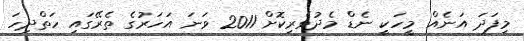
މިފަދަ އަނެއް މީހަކީ ނެޑް މެދުވެރިކޮށް 2011 ވަނަ އަހަރުގެ ތެރޭގައި ހަތްދިހަ